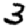
Digit: 3